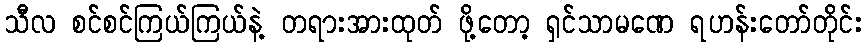
သီလ စင်စင်ကြယ်ကြယ်နဲ့ တရားအားထုတ် ဖို့တော့ ရှင်သာမဏေ ရဟန်းတော်တိုင်း